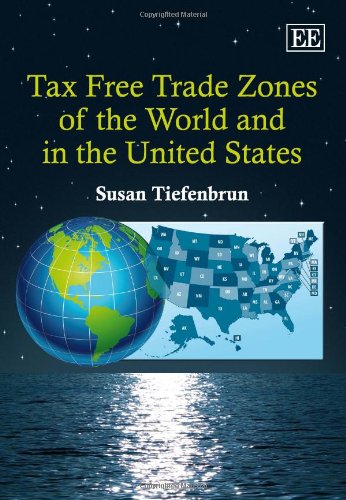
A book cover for Tax Free Trade Zones of the World and in the United States; Susan Tiefenbrun; Law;